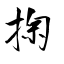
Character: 掬